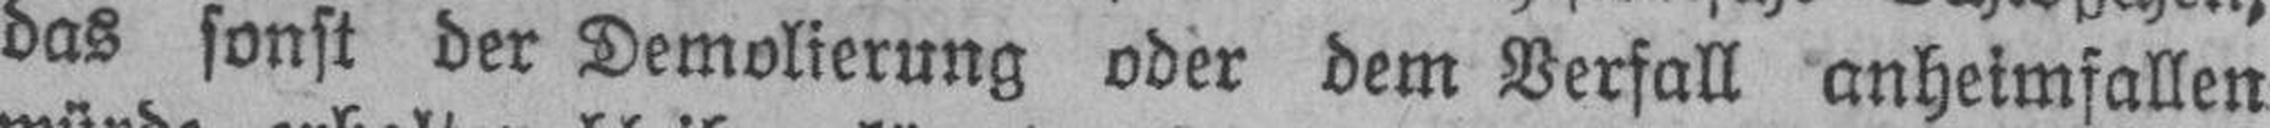
das sonst der Demolierung oder dem Verfall anheimfallen